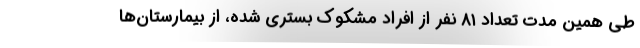
طی همین مدت تعداد ۸۱ نفر از افراد مشکوک بستری شده، از بیمارستان‌ها